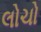
લોચો